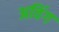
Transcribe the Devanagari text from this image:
अविंग